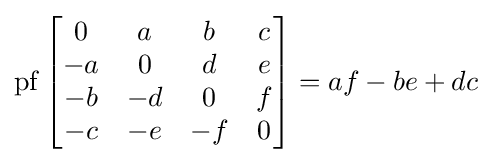
\operatorname {pf} {\begin{bmatrix}0&a&b&c\\-a&0&d&e\\-b&-d&0&f\\-c&-e&-f&0\end{bmatrix}}=af-be+dc